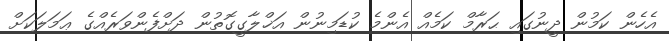
އެހެން ކަމުން ދީނުގައި ޙަރާމް ކަމެއް އެންމެ ކުޑަމިނުން އަޚްލާގީގޮތުން ދަށްފެންވަރެއްގެ ޢަމަލަކަށް